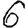
Digit: 6